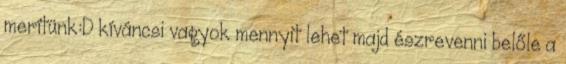
merítünk:D kíváncsi vagyok mennyit lehet majd észrevenni belőle a